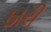
ઠારી